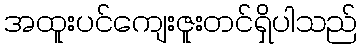
အထူးပင်ကျေးဇူးတင်ရှိပါသည်